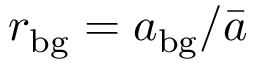
r _ { \mathrm { b g } } = a _ { \mathrm { b g } } / \bar { a }